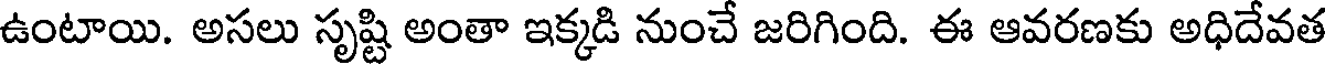
ఉంటాయి. అసలు సృష్టి అంతా ఇక్కడి నుంచే జరిగింది. ఈ ఆవరణకు అధిదేవత